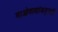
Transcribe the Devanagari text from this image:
माओवाद्यांकडूनही